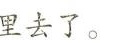
里去了。